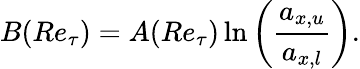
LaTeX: B(Re_{\tau})=A(Re_{\tau})\ln\left(\frac{a_{x,u}}{a_{x,l}}\right).